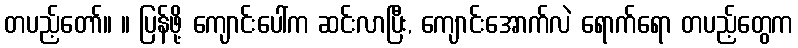
တပည့်တော်။ ။ ပြန်ဖို့ ကျောင်းပေါ်က ဆင်းလာပြီး, ကျောင်းအောက်လဲ ရောက်ရော တပည့်တွေက